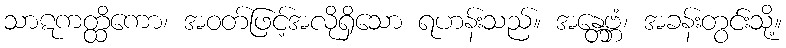
သာဋကတ္ထိကော၊ အဝတ်ဖြင့်အလိုရှိသော ရဟန်းသည်။ အန္တေဗ္ဘံ၊ အခန်းတွင်းသို့။